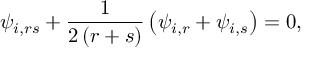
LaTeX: \psi _ { i , r s } + \frac { 1 } { 2 \left( r + s \right) } \left( \psi _ { i , r } + \psi _ { i , s } \right) = 0 ,